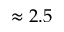
\approx 2 . 5